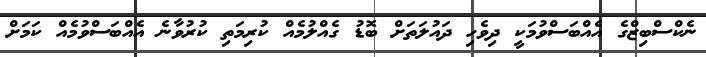
ނެކްސްބިޒްގެ އެއްބަސްވުމަކީ ދިވެހި ދައުލަތަށް ބޮޑު ގެއްލުމެއް ކުރިމަތި ކުރުވާނެ އެއްބަސްވުމެއް ކަމަށް